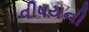
વીષયની